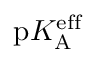
\mathrm { p } K _ { \mathrm { A } } ^ { \mathrm { e f f } }